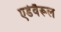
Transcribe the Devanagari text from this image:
एडेवैरूल